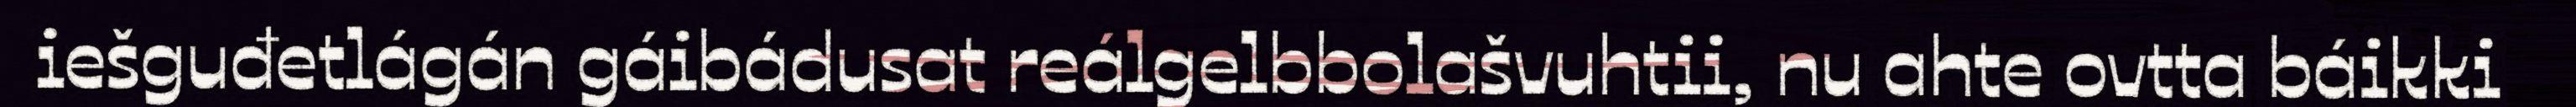
iešguđetlágán gáibádusat reálgelbbolašvuhtii, nu ahte ovtta báikki